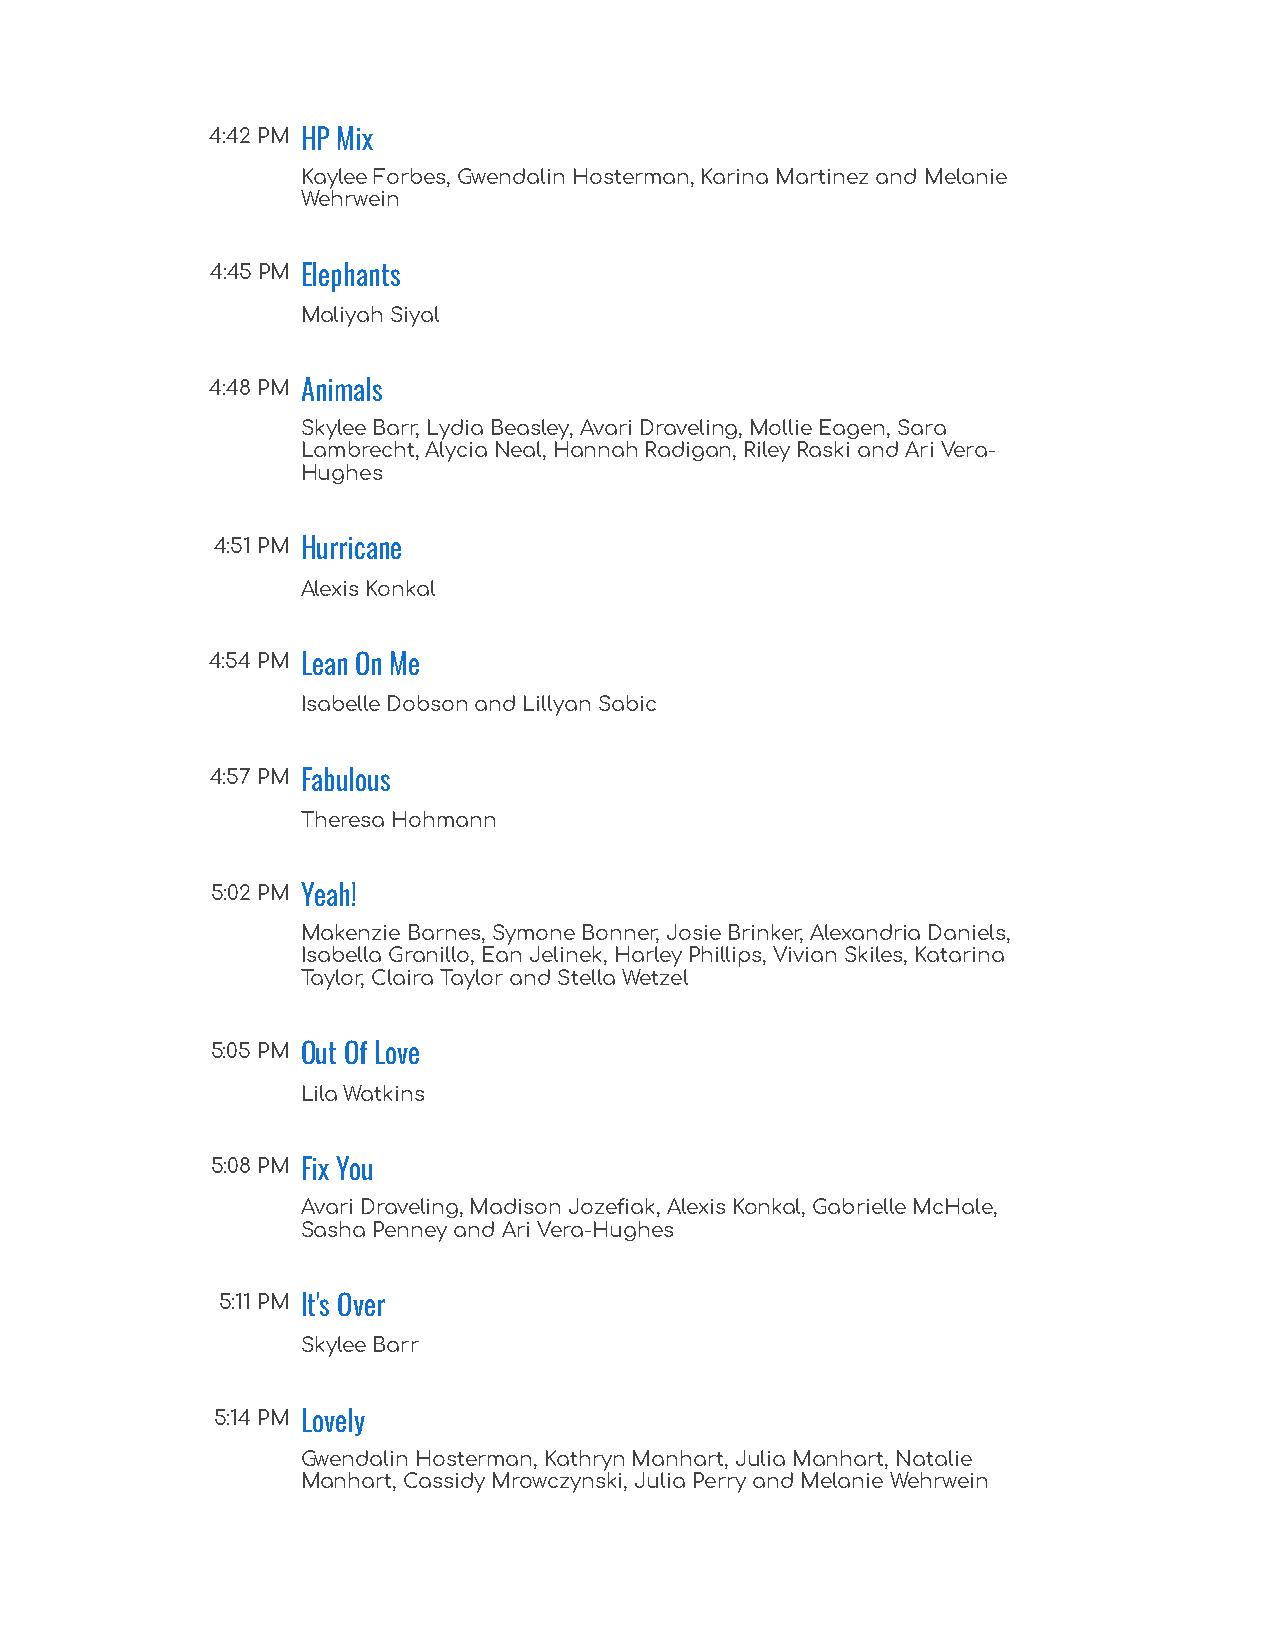
4:42 PM HP Mix
 Kaylee Forbes, Gwendalin Hosterman, Karina Martinez and Melanie
 Wehrwein
 4:45 PM Elephants
 Maliyah Siyal
 4:48 PM Animals
 Skylee Barr, Lydia Beasley, Avari Draveling, Mollie Eagen, Sara
 Lambrecht, Alycia Neal, Hannah Radigan, Riley Raski and Ari Vera-
 Hughes
 4:51 PM Hurricane
 Alexis Konkal
 4:54 PM Lean On Me
 Isabelle Dobson and Lillyan Sabic
 4:57 PM Fabulous
 Theresa Hohmann
 5:02 PM Yeah!
 Makenzie Barnes, Symone Bonner, Josie Brinker, Alexandria Daniels,
 Isabella Granillo, Ean Jelinek, Harley Phillips, Vivian Skiles, Katarina
 Taylor, Claira Taylor and Stella Wetzel
 5:05 PM Out Of Love
 Lila Watkins
 5:08 PM Fix You
 Avari Draveling, Madison Jozefiak, Alexis Konkal, Gabrielle McHale,
 Sasha Penney and Ari Vera-Hughes
 5:11 PM It's Over
 Skylee Barr
 5:14 PM Lovely
 Gwendalin Hosterman, Kathryn Manhart, Julia Manhart, Natalie
 Manhart, Cassidy Mrowczynski, Julia Perry and Melanie Wehrwein